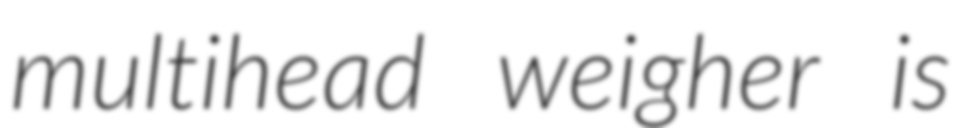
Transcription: multihead weigher is